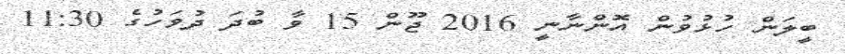
ބީލަން ހުޅުވުން އޮންނާނީ 2016 ޖޫން 15 ވާ ބުދަ ދުވަހުގެ 11:30